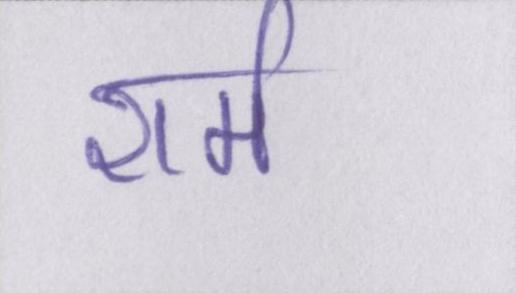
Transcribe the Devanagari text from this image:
शर्म